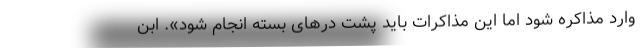
وارد مذاکره شود اما این مذاکرات باید پشت درهای بسته انجام شود». ابن